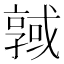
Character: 𢨊